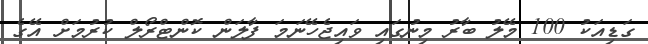
ގަޑިއަކު 100 މޭލު ބާރު މިނުގައި ވައިޖެހޭނަމަ ފާލަން ކޮންޓްރޯލް ކުރުމަށް އޭގެ